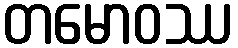
တမောဝဿ